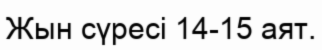
Жын сүресі 14-15 аят.